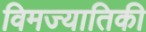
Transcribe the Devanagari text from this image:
विमज्यातिकी